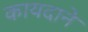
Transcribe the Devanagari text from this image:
कायदाने